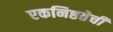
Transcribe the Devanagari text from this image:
एकनिष्ठतेची